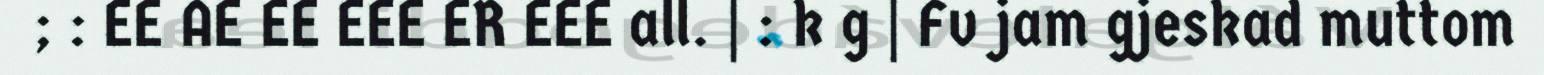
; : EE AE EE EEE ER EEE all. | : k g | Fv jam gjeskad muttom